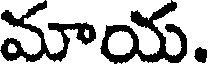
మాయ.